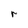
Character: r